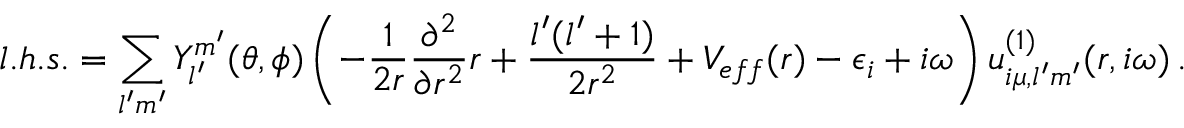
l . h . s . = \sum _ { l ^ { \prime } m ^ { \prime } } Y _ { l ^ { \prime } } ^ { m ^ { \prime } } ( \theta , \phi ) \left( - \frac { 1 } { 2 r } \frac { \partial ^ { 2 } } { \partial r ^ { 2 } } r + \frac { l ^ { \prime } ( l ^ { \prime } + 1 ) } { 2 r ^ { 2 } } + V _ { e f f } ( r ) - \epsilon _ { i } + i \omega \right) u _ { i \mu , l ^ { \prime } m ^ { \prime } } ^ { ( 1 ) } ( r , i \omega ) \, .